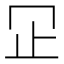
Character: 𬅶